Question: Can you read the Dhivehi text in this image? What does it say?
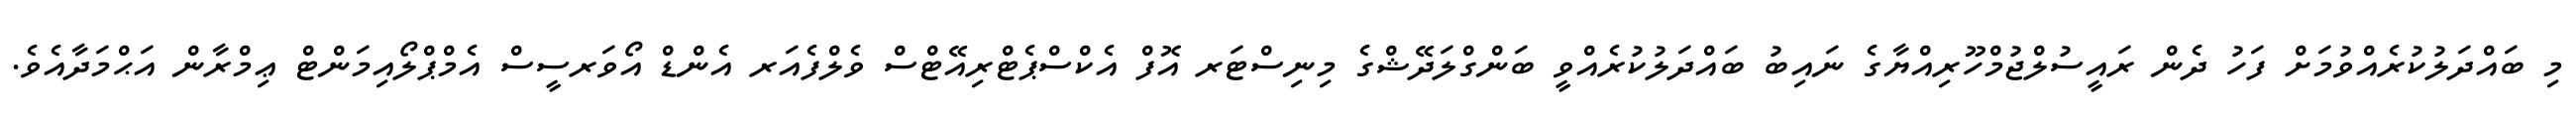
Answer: މި ބައްދަލުކުރެއްވުމަށް ފަހު ދެން ރައީސުލްޖުމްހޫރިއްޔާގެ ނައިބު ބައްދަލުކުރެއްވީ ބަންގްލަދޭޝްގެ މިނިސްޓަރ އޮފް އެކްސްޕެޓްރިއޭޓްސް ވެލްފެއަރ އެންޑް އޯވަރސީސް އެމްޕްލޯއިމަންޓް ޢިމްރާން އަޙްމަދާއެވެ.